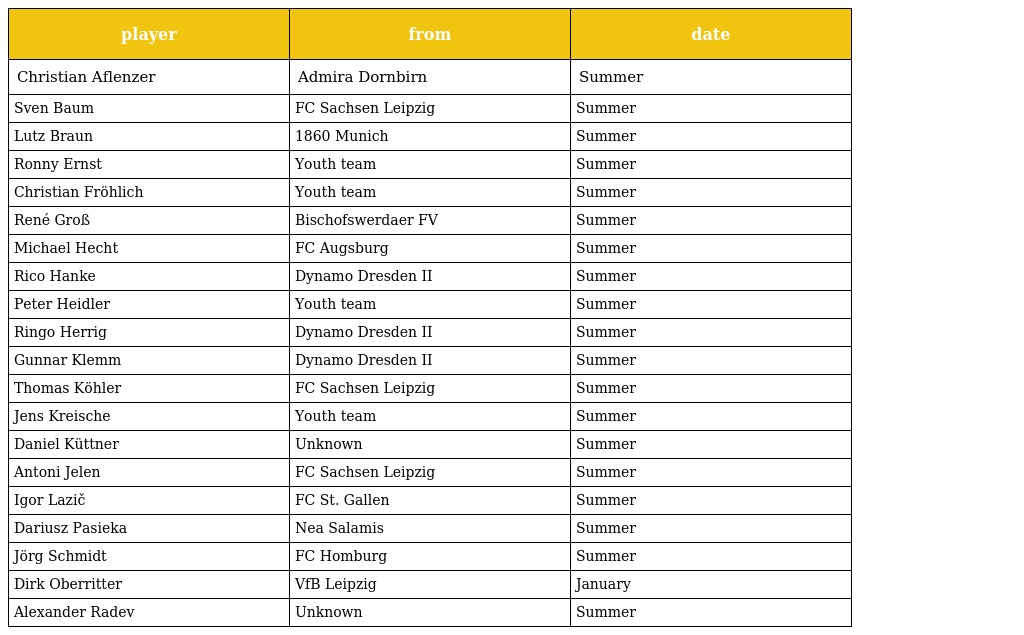
| player | from | date |
 | --- | --- | --- |
 | Christian Aflenzer | Admira Dornbirn | Summer |
 | Sven Baum | FC Sachsen Leipzig | Summer |
 | Lutz Braun | 1860 Munich | Summer |
 | Ronny Ernst | Youth team | Summer |
 | Christian Fröhlich | Youth team | Summer |
 | René Groß | Bischofswerdaer FV | Summer |
 | Michael Hecht | FC Augsburg | Summer |
 | Rico Hanke | Dynamo Dresden II | Summer |
 | Peter Heidler | Youth team | Summer |
 | Ringo Herrig | Dynamo Dresden II | Summer |
 | Gunnar Klemm | Dynamo Dresden II | Summer |
 | Thomas Köhler | FC Sachsen Leipzig | Summer |
 | Jens Kreische | Youth team | Summer |
 | Daniel Küttner | Unknown | Summer |
 | Antoni Jelen | FC Sachsen Leipzig | Summer |
 | Igor Lazič | FC St. Gallen | Summer |
 | Dariusz Pasieka | Nea Salamis | Summer |
 | Jörg Schmidt | FC Homburg | Summer |
 | Dirk Oberritter | VfB Leipzig | January |
 | Alexander Radev | Unknown | Summer |